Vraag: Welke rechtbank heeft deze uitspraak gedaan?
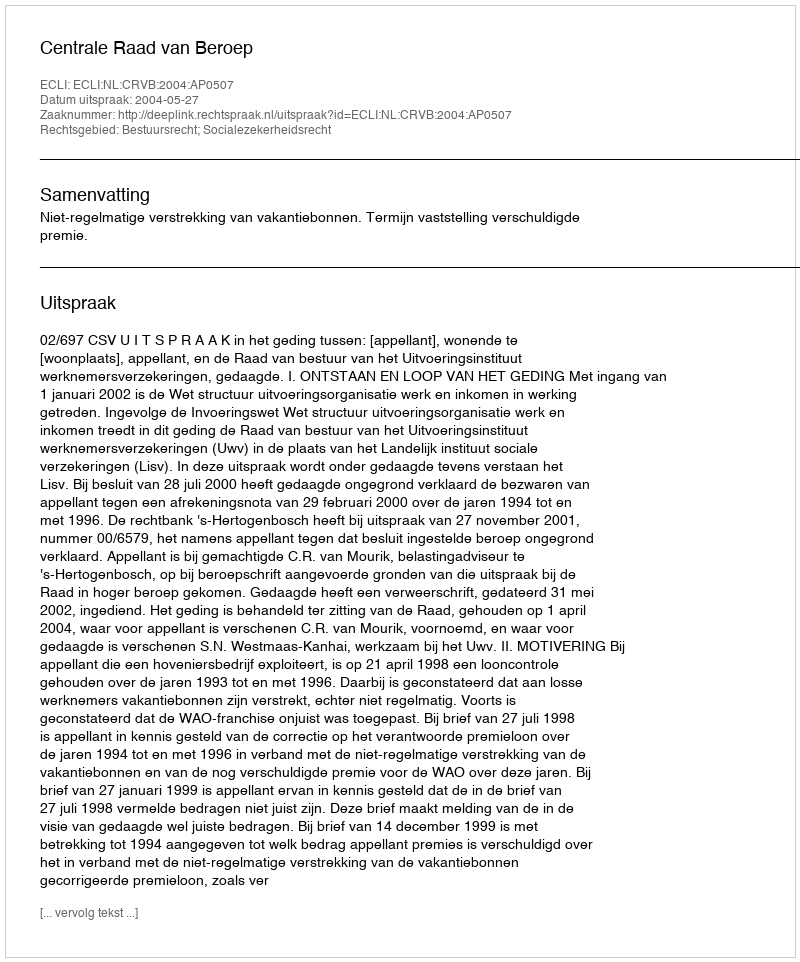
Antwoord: Centrale Raad van Beroep